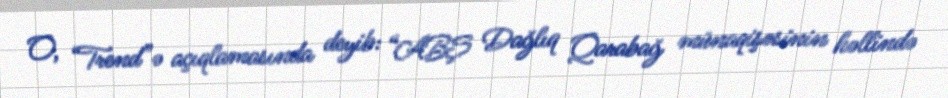
O, “Trend”ə açıqlamasında deyib: “ABŞ Dağlıq Qarabağ münaqişəsinin həllində